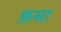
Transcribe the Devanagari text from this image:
फ़सा